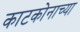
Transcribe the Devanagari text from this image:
काटकोनाच्या